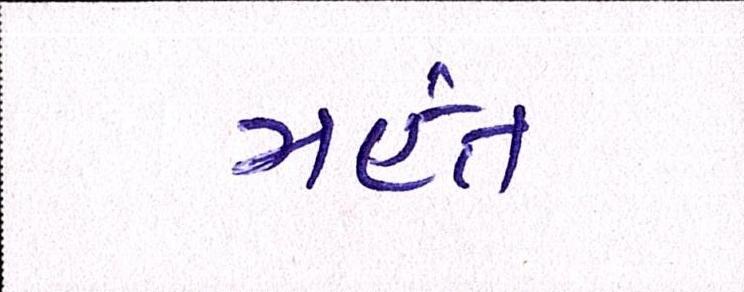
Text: મંહત